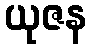
ယုဇန